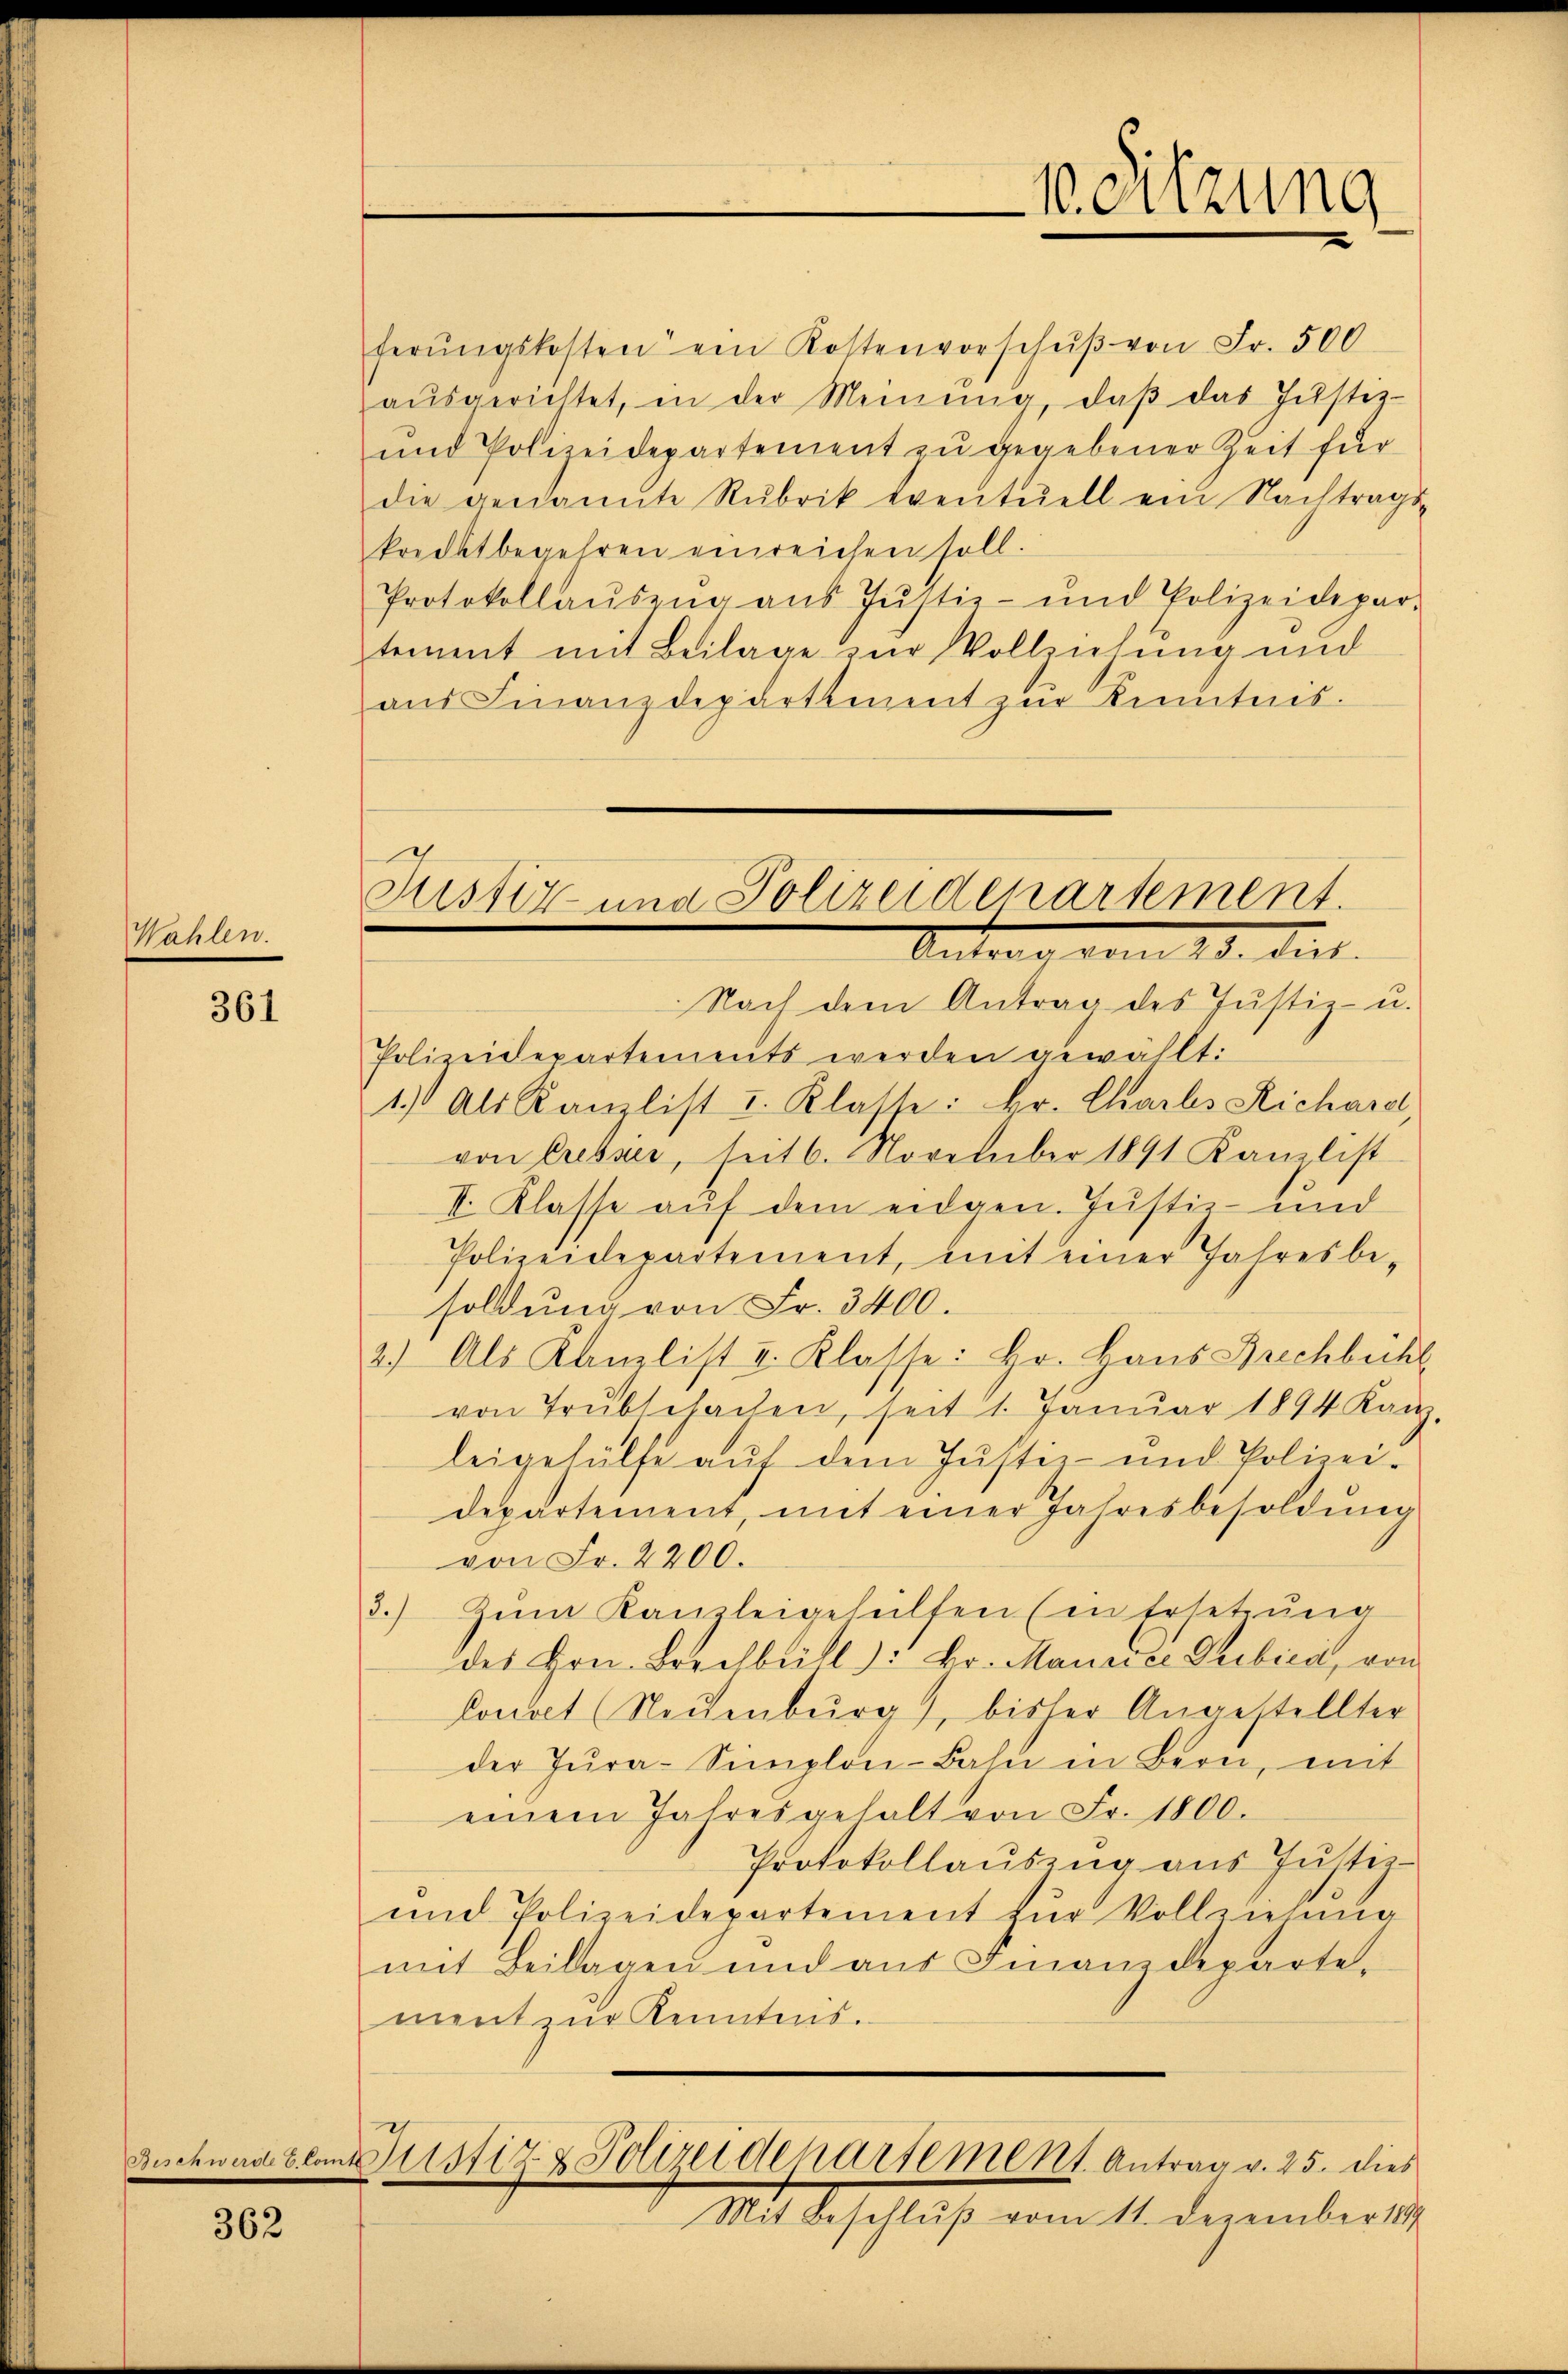
Wahlen.

361

362

ferŭngskosten ein Kostenvorschŭβ von Fr. 500
aŭsgerichtet, in der Meinŭng, daβ das Jŭstiz-
und Polizeidepartement zu gegebener Zeit für
die genannte Rubrik eventuell ein Nachtrags-
kreditbegehren einreichen soll.
Protokollaŭszŭg aŭs Jŭstiz- und Polizeidepar-
tement mit Beilage zur Vollziehung und
aŭs Finanzdepartement zŭr Kenntnis.

Justiz- und Polizeidepartement.
Antrag vom 20. dus.

Nach dem Antrag des Justiz- u.
Polizeidepartements werden gewählt:
1) Als Kanzlist I. Klasse: Hr. Charls Richardt,
von Cresser, seit 6. November 1891 Kanzlist
I. Klasse auf dem eidgen. Justiz- und
Polizeidepartement, mit einer Jahresbe-
soldung von Fr. 3400.
2.) Als Kanzlist v. Klasse: Hr. Haus Brechbüchl
von Trŭblelachen, seit 1. Janŭar 1894 Kanz.
leigehülfe auf dem Justiz- und Polizeidepartement, mit einer Jahresbesoldŭng
von Fr. 2200.
3.) Zum Kanzleigehülfen Ein Ersetzung
des Hrn. Borelbüll: Dr. Maurer Trebici, von
Conat (Neuenburg, bisher Angestellter
der Jura-Simplon-Bahn in Bern, mit
einem Jahresgehalt von Fr. 1800.
Protokollauszug aus Justiz-
und Polizeidepartement zŭr Vollziehung
mit Beilagen und aus Finanzdeparte,
ment zur Kenntnis.
Beschwart lantistiz & Polizeidepartement Antrag v. 25. dies
Mit Beschluß vom 11. Dezember 1899

1. Sitzung